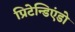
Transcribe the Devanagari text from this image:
प्रिटेन्डिएंडो